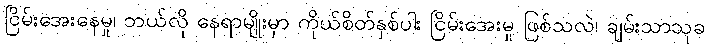
ငြိမ်းအေးနေမှု၊ ဘယ်လို နေရာမျိုးမှာ ကိုယ်စိတ်နှစ်ပါး ငြိမ်းအေးမှု ဖြစ်သလဲ၊ ချမ်းသာသုခ